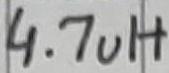
Text: 4.7uH